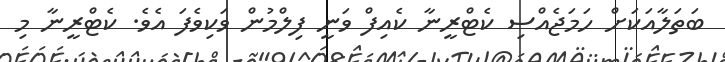
ބަތަލާއަކަށް ހަމަޖެއްސި ކެޓްރީނާ ކެއިފް ވަނީ ފިލްމުން ވަކިވެފަ އެވެ. ކެޓްރީނާ މި